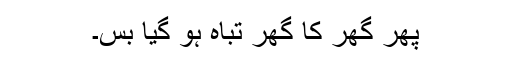
پھر گھر کا گھر تباہ ہو گیا بس۔